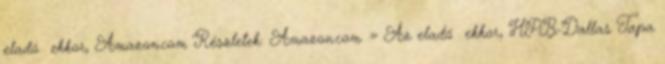
eladó ekkor, Amazon.com Részletek: Amazon.com » Az eladó ekkor, HPB-Dallas Tapa